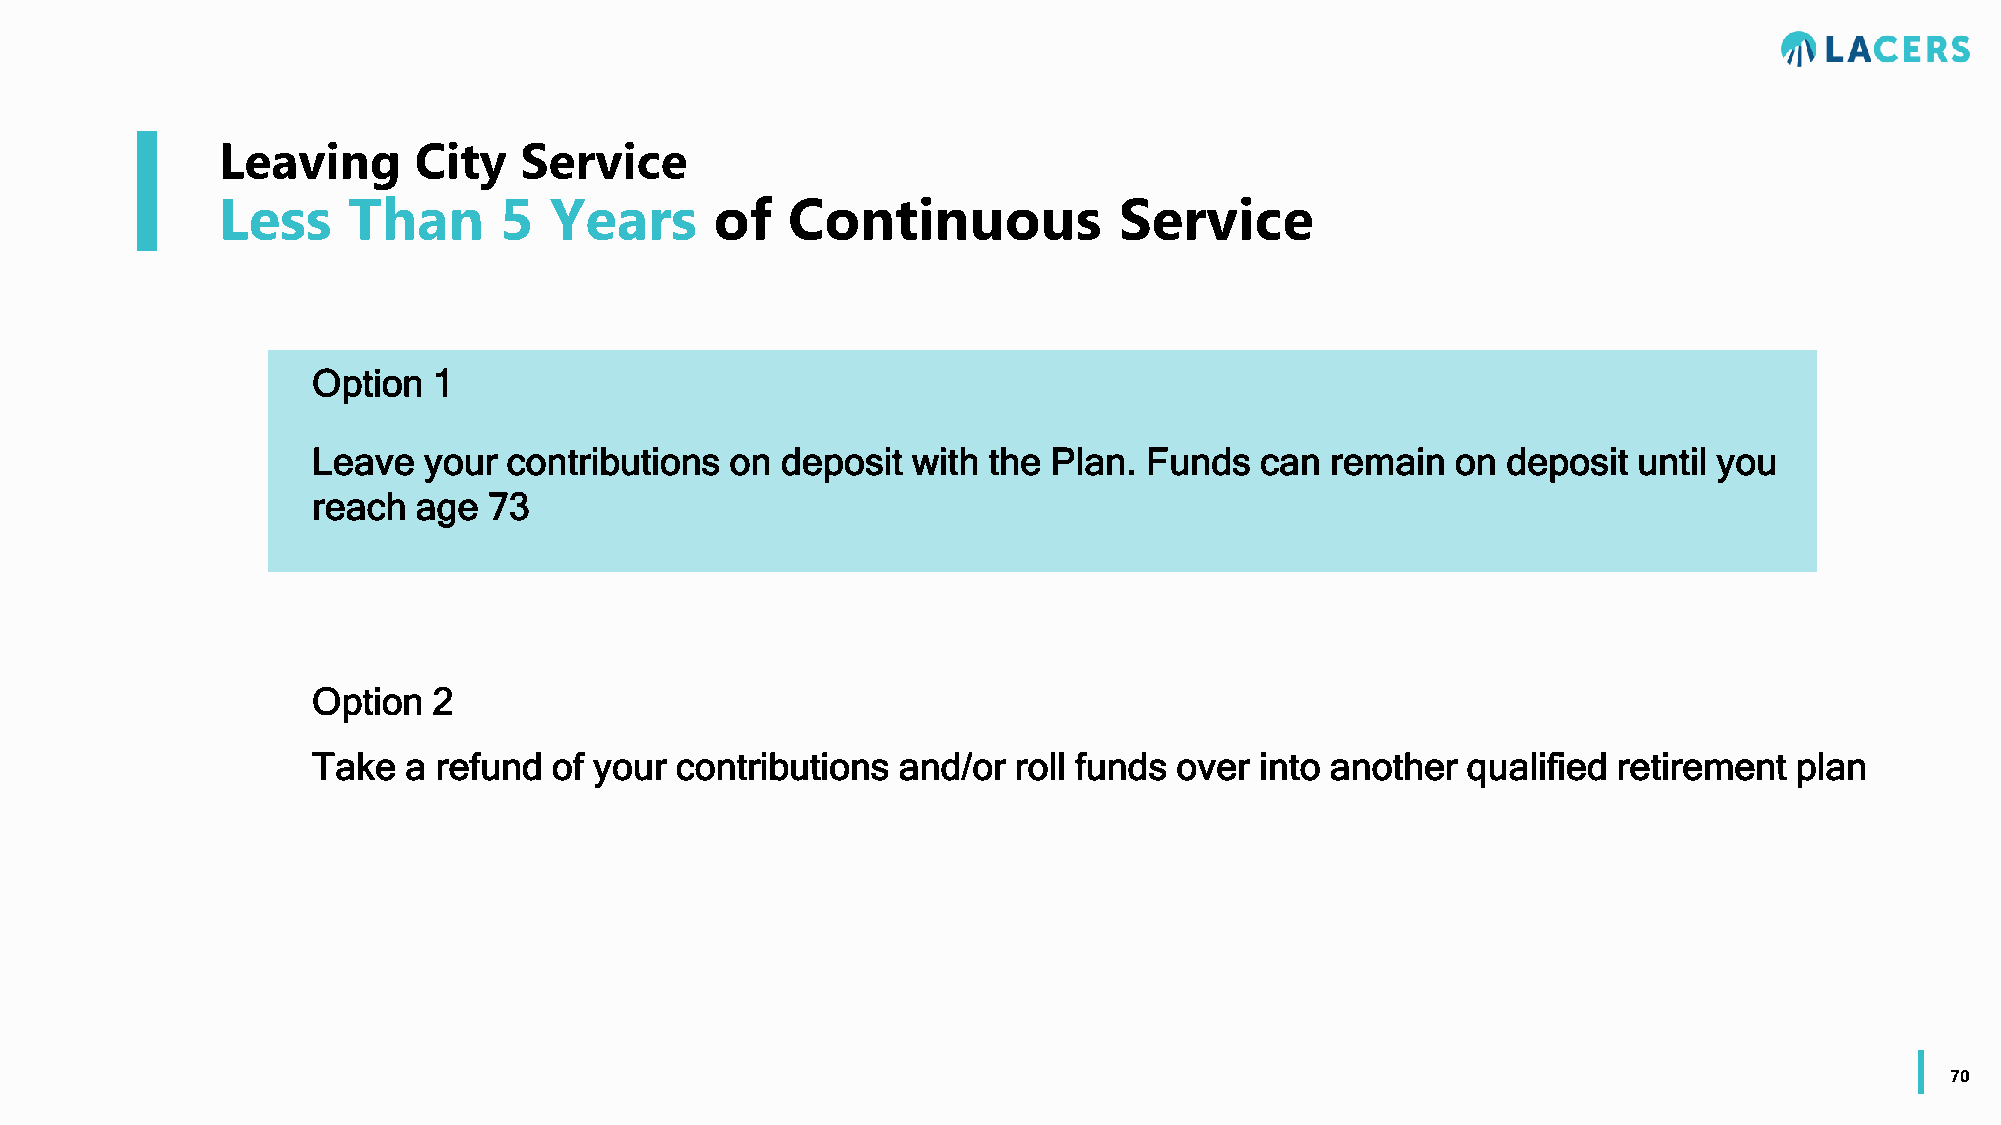
Leaving      City   Service
 Less     Than      5  Years      of   Continuous            Service
 Option  1
 Leave  your  contributions on  deposit with the  Plan. Funds  can  remain  on  deposit until you
 reach  age 73
 Option  2
 Take  a refund  of your contributions and/or  roll funds over into another  qualified retirement  plan
 70